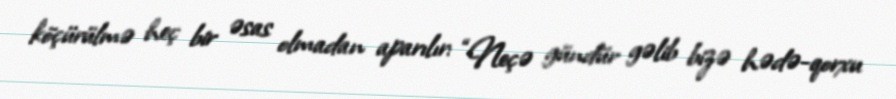
köçürülmə heç bir əsas olmadan aparılır: “Neçə gündür gəlib bizə hədə-qorxu